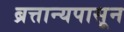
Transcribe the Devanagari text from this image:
ब्रत्तान्यपासून